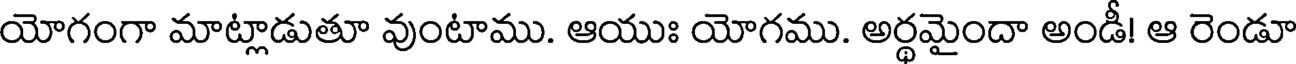
యోగంగా మాట్లాడుతూ వుంటాము. ఆయుః యోగము. అర్థమైందా అండీ! ఆ రెండూ